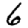
Digit: 6